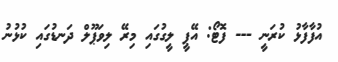
އުފާފާޅު ކުރަނީ --- ފޮޓޯ: އޭޕީ ލީގުގައި މިރޭ ލިވަޕޫލް ދަނޑުގައި ކުޅުނު